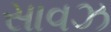
સાવઝ